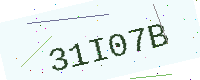
Text: 31I07B